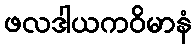
ဖလဒါယကဝိမာနံ